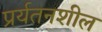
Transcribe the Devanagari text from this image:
प्रर्यतनशील